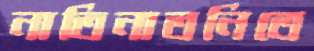
নাতিনাতনিতে